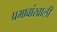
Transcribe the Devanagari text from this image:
प्रभावांखाली